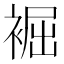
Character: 䘿